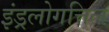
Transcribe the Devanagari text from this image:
इंड्रलोगत्तिल